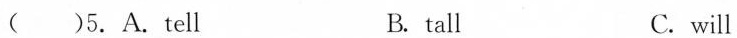
( )5.A.Tell B. tall C. will